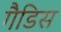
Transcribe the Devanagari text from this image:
गैडिस